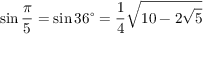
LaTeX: \sin { \frac { \pi } { 5 } } = \sin 3 6 ^ { \circ } = { \frac { 1 } { 4 } } { \sqrt { 1 0 - 2 { \sqrt { 5 } } } }